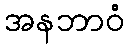
အနဘာဝံ